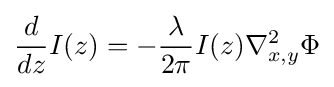
{\frac {d}{dz}}I(z)=-{\frac {\lambda }{2\pi }}I(z)\nabla _{x,y}^{2}\Phi